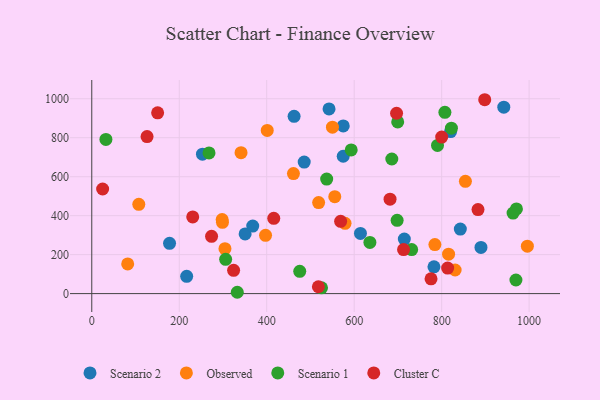
{"axis": {"x": "Ad Spend", "y": "Sales"}, "legend": ["Cluster C", "Observed", "Scenario 1", "Scenario 2"], "data": [{"x": "889.9", "y": 236.9, "type": "Scenario 2"}, {"x": "782.4", "y": 137.2, "type": "Scenario 2"}, {"x": "485.7", "y": 674.8, "type": "Scenario 2"}, {"x": "575.0", "y": 860.5, "type": "Scenario 2"}, {"x": "217.0", "y": 88.7, "type": "Scenario 2"}, {"x": "614.3", "y": 308.7, "type": "Scenario 2"}, {"x": "350.6", "y": 306.4, "type": "Scenario 2"}, {"x": "714.6", "y": 279.7, "type": "Scenario 2"}, {"x": "368.0", "y": 346.4, "type": "Scenario 2"}, {"x": "820.4", "y": 831.3, "type": "Scenario 2"}, {"x": "253.1", "y": 715.6, "type": "Scenario 2"}, {"x": "462.6", "y": 910.0, "type": "Scenario 2"}, {"x": "542.5", "y": 947.8, "type": "Scenario 2"}, {"x": "574.9", "y": 704.9, "type": "Scenario 2"}, {"x": "942.1", "y": 957.0, "type": "Scenario 2"}, {"x": "842.7", "y": 331.0, "type": "Scenario 2"}, {"x": "177.8", "y": 257.9, "type": "Scenario 2"}, {"x": "401.2", "y": 837.4, "type": "Observed"}, {"x": "579.1", "y": 360.7, "type": "Observed"}, {"x": "397.3", "y": 299.0, "type": "Observed"}, {"x": "304.5", "y": 230.6, "type": "Observed"}, {"x": "996.0", "y": 243.4, "type": "Observed"}, {"x": "555.6", "y": 497.3, "type": "Observed"}, {"x": "461.1", "y": 615.8, "type": "Observed"}, {"x": "518.7", "y": 466.9, "type": "Observed"}, {"x": "784.5", "y": 251.7, "type": "Observed"}, {"x": "82.1", "y": 152.4, "type": "Observed"}, {"x": "854.3", "y": 576.3, "type": "Observed"}, {"x": "550.3", "y": 854.2, "type": "Observed"}, {"x": "815.8", "y": 202.2, "type": "Observed"}, {"x": "107.5", "y": 458.4, "type": "Observed"}, {"x": "298.1", "y": 380.4, "type": "Observed"}, {"x": "341.3", "y": 723.3, "type": "Observed"}, {"x": "830.8", "y": 121.1, "type": "Observed"}, {"x": "298.8", "y": 365.8, "type": "Observed"}, {"x": "822.3", "y": 849.2, "type": "Scenario 1"}, {"x": "593.2", "y": 737.6, "type": "Scenario 1"}, {"x": "332.7", "y": 6.8, "type": "Scenario 1"}, {"x": "698.2", "y": 376.1, "type": "Scenario 1"}, {"x": "686.0", "y": 690.7, "type": "Scenario 1"}, {"x": "268.1", "y": 722.0, "type": "Scenario 1"}, {"x": "790.5", "y": 760.5, "type": "Scenario 1"}, {"x": "525.3", "y": 29.6, "type": "Scenario 1"}, {"x": "699.5", "y": 881.2, "type": "Scenario 1"}, {"x": "971.0", "y": 434.4, "type": "Scenario 1"}, {"x": "807.4", "y": 930.3, "type": "Scenario 1"}, {"x": "969.8", "y": 69.8, "type": "Scenario 1"}, {"x": "963.3", "y": 413.5, "type": "Scenario 1"}, {"x": "731.4", "y": 225.9, "type": "Scenario 1"}, {"x": "635.9", "y": 262.7, "type": "Scenario 1"}, {"x": "306.1", "y": 175.9, "type": "Scenario 1"}, {"x": "475.5", "y": 114.2, "type": "Scenario 1"}, {"x": "537.1", "y": 587.6, "type": "Scenario 1"}, {"x": "32.3", "y": 791.0, "type": "Scenario 1"}, {"x": "230.8", "y": 393.4, "type": "Cluster C"}, {"x": "800.1", "y": 803.3, "type": "Cluster C"}, {"x": "24.8", "y": 536.7, "type": "Cluster C"}, {"x": "126.4", "y": 805.8, "type": "Cluster C"}, {"x": "682.0", "y": 484.7, "type": "Cluster C"}, {"x": "883.1", "y": 431.0, "type": "Cluster C"}, {"x": "775.7", "y": 75.7, "type": "Cluster C"}, {"x": "416.1", "y": 386.2, "type": "Cluster C"}, {"x": "324.3", "y": 119.3, "type": "Cluster C"}, {"x": "712.9", "y": 225.8, "type": "Cluster C"}, {"x": "569.0", "y": 371.1, "type": "Cluster C"}, {"x": "696.9", "y": 925.6, "type": "Cluster C"}, {"x": "273.9", "y": 293.8, "type": "Cluster C"}, {"x": "518.1", "y": 35.2, "type": "Cluster C"}, {"x": "813.7", "y": 131.0, "type": "Cluster C"}, {"x": "898.5", "y": 995.0, "type": "Cluster C"}, {"x": "150.6", "y": 928.0, "type": "Cluster C"}]}